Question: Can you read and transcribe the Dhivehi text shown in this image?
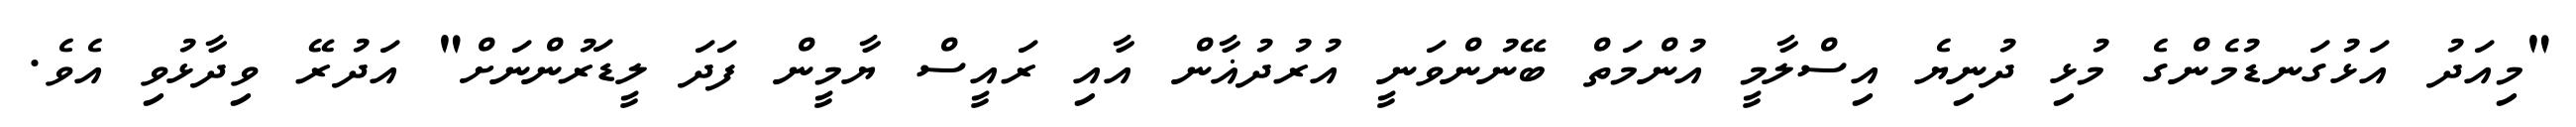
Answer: "މިއަދު އަޅުގަނޑުމެންގެ މުޅި ދުނިޔެ އިސްލާމީ އުންމަތް ބޭނުންވަނީ އުރުދުޣާން އާއި ރައީސް ޔާމީން ފަދަ ލީޑަރުންނަށް" އަދުރޭ ވިދާޅުވި އެވެ.